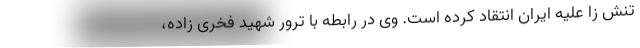
تنش زا علیه ایران انتقاد کرده است. وی در رابطه با ترور شهید فخری زاده،